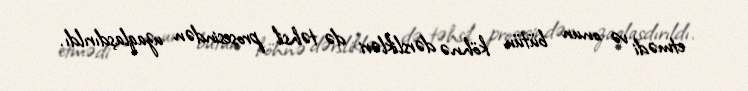
etmədi və onun bütün köhnə dərslikləri də təhsil prosesindən uzaqlaşdırıldı.